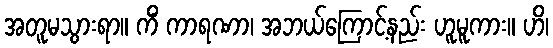
အတူမသွားရာ။ ကိံ ကာရဏာ၊ အဘယ်ကြောင့်နည်း ဟူမူကား။ ဟိ၊